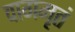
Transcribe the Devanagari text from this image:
वागमृतं